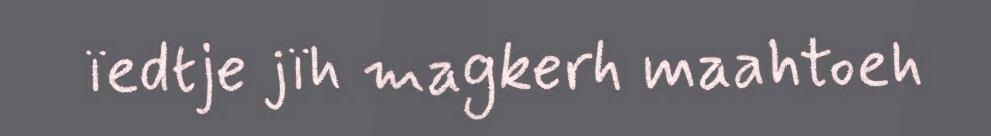
ïedtje jïh magkerh maahtoeh